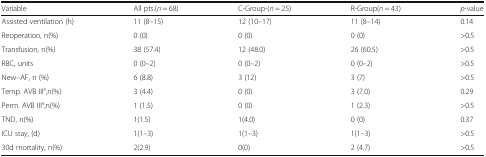
<table><thead><tr><td><b>Variable</b></td><td><b>All pts.(<i>n</i> = 68)</b></td><td><b>C-Group-(<i>n</i> = 25)</b></td><td><b>R-Group(<i>n</i> = 43)</b></td><td><b><i>p</i>-value</b></td></tr></thead><tbody><tr><td>Assisted ventilation (h)</td><td>11 (8–15)</td><td>12 (10–17)</td><td>11 (8–14)</td><td>0.14</td></tr><tr><td>Reoperation, n(%)</td><td>0 (0)</td><td>0 (0)</td><td>0 (0)</td><td>&gt;0.5</td></tr><tr><td>Transfusion, n(%)</td><td>38 (57.4)</td><td>12 (48.0)</td><td>26 (60.5)</td><td>&gt;0.5</td></tr><tr><td>RBC, units</td><td>0 (0–2)</td><td>0 (0–2)</td><td>0 (0–2)</td><td>&gt;0.5</td></tr><tr><td>New–AF, n (%)</td><td>6 (8.8)</td><td>3 (12)</td><td>3 (7)</td><td>&gt;0.5</td></tr><tr><td>Temp. AVB III°,n(%)</td><td>3 (4.4)</td><td>0 (0)</td><td>3 (7.0)</td><td>0.29</td></tr><tr><td>Perm. AVB III°,n(%)</td><td>1 (1.5)</td><td>0 (0)</td><td>1 (2.3)</td><td>&gt;0.5</td></tr><tr><td>TND, n(%)</td><td>1(1.5)</td><td>1(4.0)</td><td>0 (0)</td><td>0.37</td></tr><tr><td>ICU stay, (d)</td><td>1(1–3)</td><td>1(1–3)</td><td>1(1–3)</td><td>&gt;0.5</td></tr><tr><td>30d mortality, n(%)</td><td>2(2.9)</td><td>0(0)</td><td>2 (4.7)</td><td>&gt;0.5</td></tr></tbody></table>